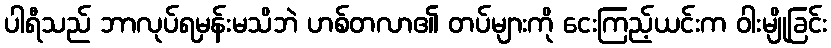
ပါရီသည် ဘာလုပ်ရမှန်းမသိဘဲ ဟစ်တလာ၏ တပ်များကို ငေးကြည့်ယင်းက ဝါးမျိုခြင်း